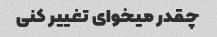
چقدر میخوای تغییر کنی